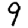
Digit: 9